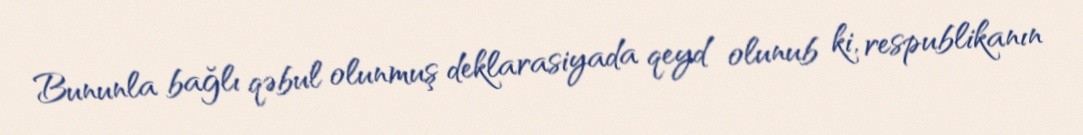
Bununla bağlı qəbul olunmuş deklarasiyada qeyd olunub ki, respublikanın